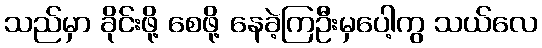
သည်မှာ ခိုင်းဖို့ စေဖို့ နေခဲ့ကြဦးမှပေါ့ကွ သယ်လေ